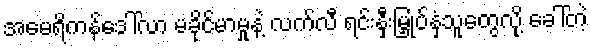
အမေရိကန်ဒေါ်လာ မခိုင်မာမှုနဲ့ လက်လီ ရင်းနှီးမြှုပ်နှံသူတွေလို့ ခေါ်တဲ့